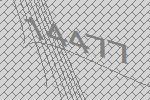
14477